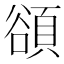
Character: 𬤴